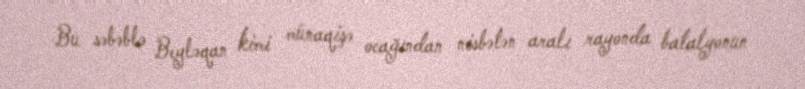
Bu səbəblə Beyləqan kimi münaqişə ocağından nisbətən aralı rayonda batalyonun